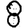
Digit: 8